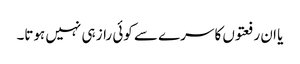
یا ان رفعتوں کا سرے سے کوئی راز ہی نہیں ہوتا۔